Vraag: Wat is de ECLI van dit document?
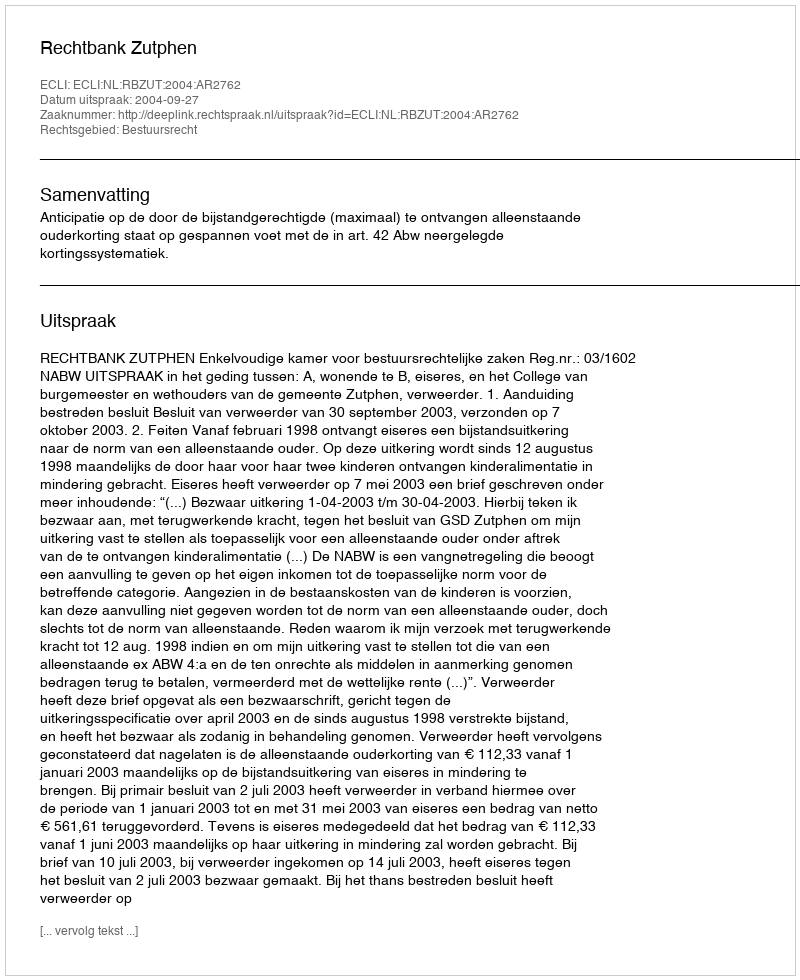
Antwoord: ECLI:NL:RBZUT:2004:AR2762